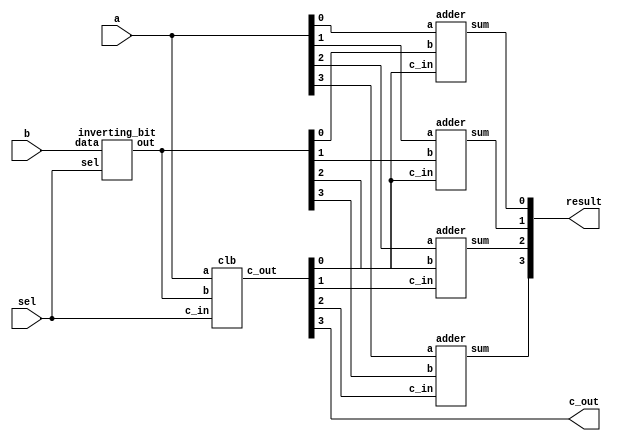
module clas_4bit(sel, a, b, result, c_out);
    input sel;
    input [3:0]a, b;
    output c_out;
    output [3:0] result;

    wire [3:0] b_bits;
    wire [3:0] carry;

    inverting_bit leaf_0(
        .data(b),
        .sel(sel),
        .out(b_bits)
    );

    clb block_0(
        .a(a),
        .b(b_bits),
        .c_in(sel),
        .c_out(carry)
    );

    adder unit_0( //LSB
        .a(a[0]),
        .b(b_bits[0]),
        .c_in(carry[0]),
        .sum(result[0])
    );

    adder unit_1(
        .a(a[1]),
        .b(b_bits[1]),
        .c_in(carry[0]),
        .sum(result[1])
    );

    adder unit_2(
        .a(a[2]),
        .b(b_bits[2]),
        .c_in(carry[1]),
        .sum(result[2])
    );

    adder unit_3(
        .a(a[3]),
        .b(b_bits[3]),
        .c_in(carry[2]),
        .sum(result[3])
    );
    
    assign c_out = carry[3];
endmodule

module inverting_bit(data, sel, out);
    input sel;
    input [3:0] data;
    output [3:0] out;

    //sel == 1 inverting b bits
    //sel == 0 passthrough b bits
    xor bit_0(out[0],data[0],sel);
    xor bit_1(out[1],data[1],sel);
    xor bit_2(out[2],data[2],sel);
    xor bit_3(out[3],data[3],sel);
endmodule

module clb(c_in, a, b, c_out); //Carry Look-Ahead Block
    input c_in;
    input [3:0] a;
    input [3:0] b;
    output [3:0] c_out;

    wire [3:0]g; //Generation Signal
    wire [3:0]p; //Propagation Signal
    wire [3:0]c; //for calc carry

    //Generation
    and g1(g[0], a[0], b[0]);
    and g2(g[1], a[1], b[1]);
    and g3(g[2], a[2], b[2]);
    and g4(g[3], a[3], b[3]);

    //Propagation
    or p1(p[0],a[0],b[0]);
    or p2(p[1],a[1],b[1]);
    or p3(p[2],a[2],b[2]);
    or p4(p[3],a[3],b[3]);

    //Carry Out
    and c0_and(c[0],c_in,p[0]);
    or c0_or(c_out[0],g[0],c[0]);

   and c1_and(c[1],c_out[0],p[1]);
   or c1_or(c_out[1],g[1],c[1]);

   and c2_and(c[2],c_out[1],p[2]);
   or c2_or(c_out[2],g[2],c[2]);

   and c3_and(c[3],c_out[2],p[3]);
   or c3_or(c_out[3],g[3],c[3]);
endmodule

module adder(a, b, c_in, sum); //1-Bit Adder Without Carry_Out
    input a, b, c_in;
    output sum;
    wire s1;

    //SUM
    xor sum1 (s1, a, b);
    xor sum2 (sum, s1, c_in);
endmodule